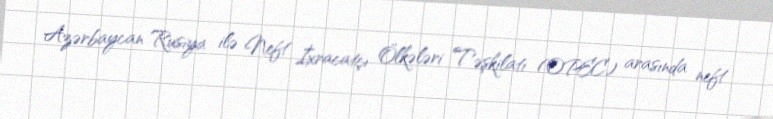
Azərbaycan Rusiya ilə Neft İxracatçı Ölkələri Təşkilatı (OPEC) arasında neft